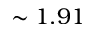
\sim 1 . 9 1